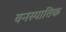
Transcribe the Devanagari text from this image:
वनस्पातिक